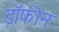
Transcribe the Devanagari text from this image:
डॉफीन